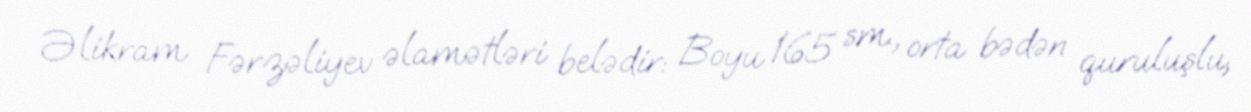
Əlikram Fərzəliyev əlamətləri belədir: Boyu 165 sm., orta bədən quruluşlu,